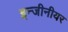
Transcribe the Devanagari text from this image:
इन्जीनीयर